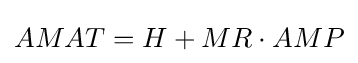
AMAT=H+MR\cdot AMP